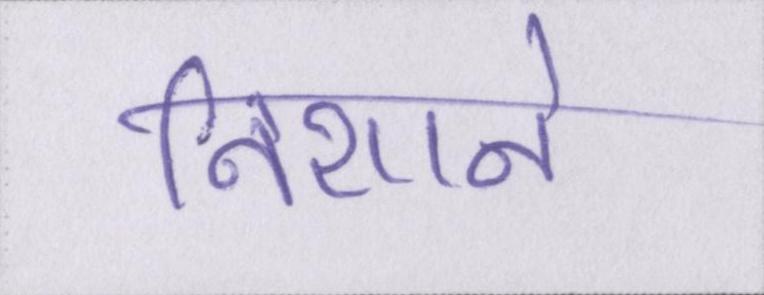
निशाने